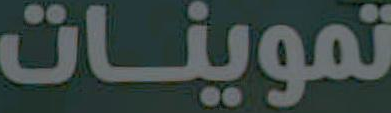
تموينات